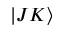
| J K \rangle